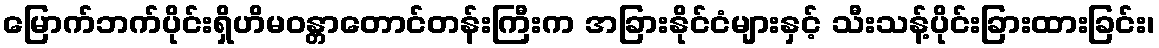
မြောက်ဘက်ပိုင်းရှိဟိမဝန္တာတောင်တန်းကြီးက အခြားနိုင်ငံများနှင့် သီးသန့်ပိုင်းခြားထားခြင်း၊